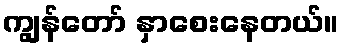
ကျွန်တော် နှာစေးနေတယ်။